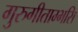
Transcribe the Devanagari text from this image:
गुरुगीताम्भसि